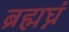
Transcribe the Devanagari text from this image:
ब्रह्मघ्नं